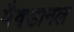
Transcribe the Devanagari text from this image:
मैक्डानल